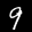
Label: 9